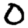
Digit: 0